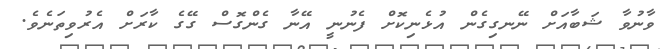
ވާނުވާ ޝަބާއަށް ނޭނގިގެން އުޅެނިކޮށް ފެނުނީ އޭނާ ގެންގޮސް ގޭގެ ކާރަށް އެރުވިތަނެވެ.